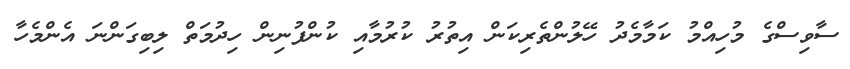
ސާވިސްގެ މުހިއްމު ކަމާމެދު ހޭލުންތެރިކަން އިތުރު ކުރުމާއި ކުންފުނިން ހިދުމަތް ލިބިގަންނަ އެންމެހާ